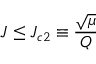
J \leq J _ { c 2 } \equiv \frac { \sqrt { \mu } } { Q }